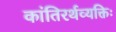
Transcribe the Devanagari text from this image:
कांतिरर्थव्यक्तिः